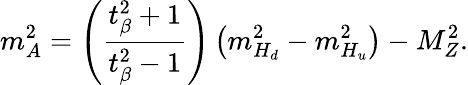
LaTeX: m_{A}^{2}=\left(\frac{t_{\beta}^{2}+1}{t_{\beta}^{2}-1}\right)\left(m_{H_{d}}^{2}-m_{H_{u}}^{2}\right)-M_{Z}^{2}.